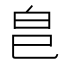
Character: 𭽊